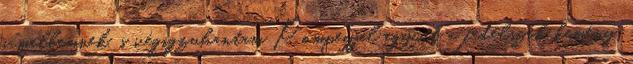
a mellemnek, s végigzuhantam Pompeyjel együtt a fedélszék kemény,